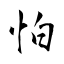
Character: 怕